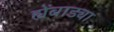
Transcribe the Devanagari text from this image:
ह्येंबाड्या